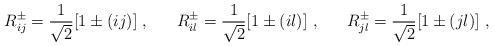
LaTeX: \begin{align*}R^\pm_{ij} = \frac{1}{\sqrt{2}}[1 \pm (ij)] ~, ~~~~~ R^\pm_{il} = \frac{1}{\sqrt{2}}[1 \pm (il)]~, ~~~~~ R^\pm_{jl} = \frac{1}{\sqrt{2}}[1 \pm (jl)]~,\end{align*}